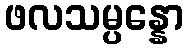
ဖလသမ္ပန္နော